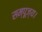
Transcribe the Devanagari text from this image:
सम्पूज्य।